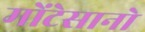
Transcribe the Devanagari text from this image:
मोंटेसानो